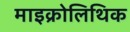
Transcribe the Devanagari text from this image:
माइक्रोलिथिक